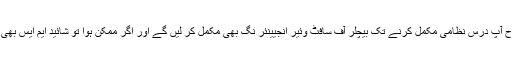
اس طرح آپ درس نظامی مکمل کرنے تک بیچلر آف سافٹ وئیر انجیینئر نگ بھی مکمل کر لیں گے اور اگر ممکن ہوا تو شائید ایم ایس بھی کر لیں۔